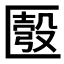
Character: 𠥚